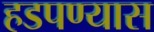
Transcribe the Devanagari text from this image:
हडपण्यास